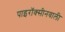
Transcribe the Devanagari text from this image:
पाइरॉक्सीनवाली